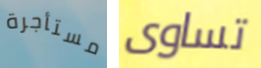
مستأجرة تساوى